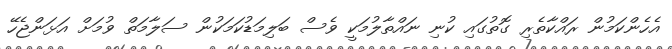
އެހެންކަމުން ރައްކާތެރި ގޮތުގައި ކުނި ނައްތާލުމަކީ ވެސް ބަލިމަޑުކަމަކުން ސަލާމަތް ވުމަށް އަޅަންޖެހޭ